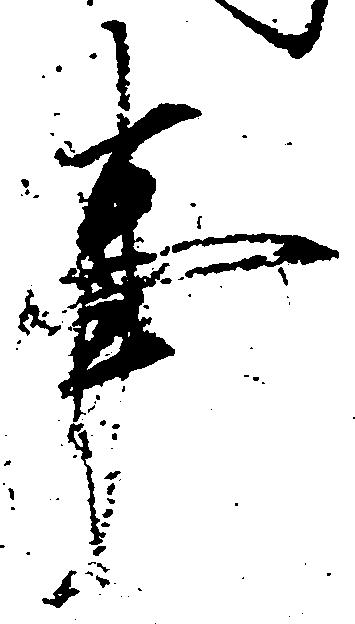
事